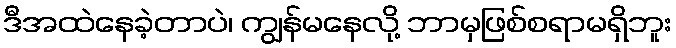
ဒီအထဲနေခဲ့တာပဲ၊ ကျွန်မနေလို့ ဘာမှဖြစ်စရာမရှိဘူး